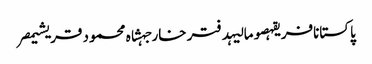
پاکستانافریقہصومالیہدفتر خارجہشاہ محمود قریشیمصر